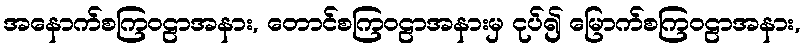
အနောက်စကြဝဠာအနား, တောင်စကြဝဠာအနားမှ ငုပ်၍ မြောက်စကြဝဠာအနား,